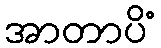
အာတာပိံ